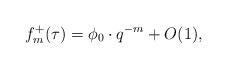
LaTeX: \begin{align*}f_m^+(\tau) = \phi_0 \cdot q^{-m} + O(1),\end{align*}